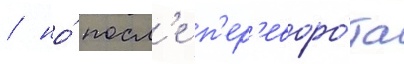
/ но́ посл'е п'ер'еворо́та